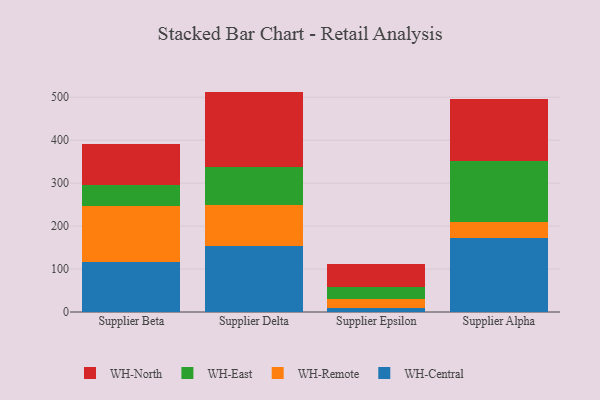
{"axis": {"x": "Supplier", "y": "Satisfaction Score"}, "legend": ["WH-Central", "WH-East", "WH-North", "WH-Remote"], "data": [{"x": "Supplier Beta", "y": 117.3, "type": "WH-Central"}, {"x": "Supplier Beta", "y": 129.4, "type": "WH-Remote"}, {"x": "Supplier Beta", "y": 49.3, "type": "WH-East"}, {"x": "Supplier Beta", "y": 94.9, "type": "WH-North"}, {"x": "Supplier Delta", "y": 153.7, "type": "WH-Central"}, {"x": "Supplier Delta", "y": 94.3, "type": "WH-Remote"}, {"x": "Supplier Delta", "y": 89.4, "type": "WH-East"}, {"x": "Supplier Delta", "y": 175.7, "type": "WH-North"}, {"x": "Supplier Epsilon", "y": 9.7, "type": "WH-Central"}, {"x": "Supplier Epsilon", "y": 19.5, "type": "WH-Remote"}, {"x": "Supplier Epsilon", "y": 28.9, "type": "WH-East"}, {"x": "Supplier Epsilon", "y": 53.0, "type": "WH-North"}, {"x": "Supplier Alpha", "y": 172.7, "type": "WH-Central"}, {"x": "Supplier Alpha", "y": 36.8, "type": "WH-Remote"}, {"x": "Supplier Alpha", "y": 143.1, "type": "WH-East"}, {"x": "Supplier Alpha", "y": 144.3, "type": "WH-North"}]}